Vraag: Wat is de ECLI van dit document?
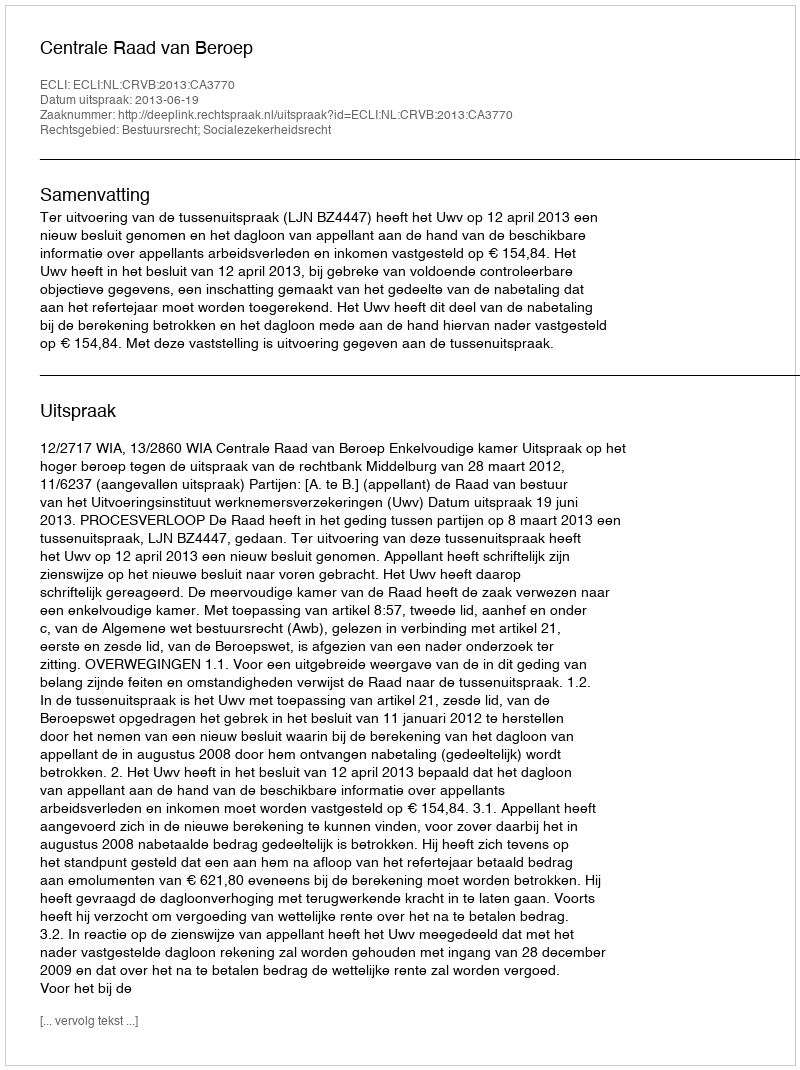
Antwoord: ECLI:NL:CRVB:2013:CA3770